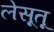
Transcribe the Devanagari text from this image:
लेसूतू